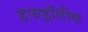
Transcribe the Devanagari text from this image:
हायड्रॉलीक